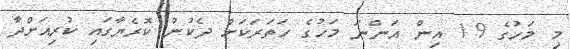
މި މަހުގެ 19 އިން އަންނަ މަހުގެ ހަތަރަކަށް ދެކުނު ކޮރެޔާގައި ކުރިއަށްދާ